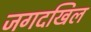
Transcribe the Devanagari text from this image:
जगदखिल